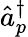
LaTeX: \hat{a}_{p}^{\dagger}